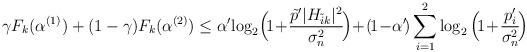
LaTeX: \begin{align*}{}\gamma F_k(\alpha^{(1)}) + (1-\gamma) F_k(\alpha^{(2)})\le\alpha'\!\log_2\!\Big(\!1\!+\!\frac{\tilde{p}'|H_{\tilde{i}k}|^2}{\sigma^2_n}\!\Big) \!+ \! (\!1\!-\!\alpha'\!)\sum_{i=1}^{2}\log_2\Big(\!1\!+\!\frac{p_{i}'}{\sigma^2_n}\!\Big) \end{align*}